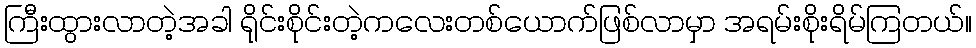
ကြီးထွားလာတဲ့အခါ ရိုင်းစိုင်းတဲ့ကလေးတစ်ယောက်ဖြစ်လာမှာ အရမ်းစိုးရိမ်ကြတယ်။